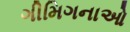
ગીમિગનાઓ